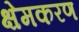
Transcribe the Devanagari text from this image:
क्षेमकरण